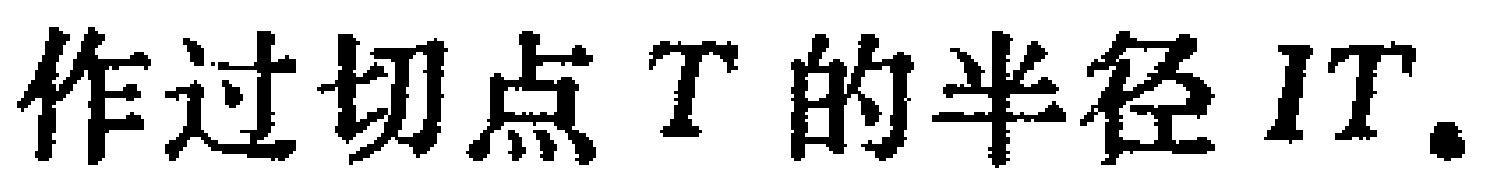
作过切点\(T\)的半径\(IT\)。